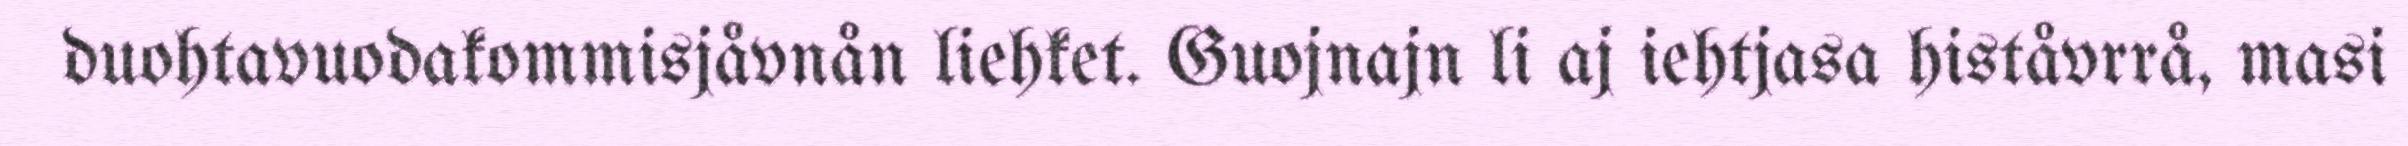
duohtavuodakommisjåvnån liehket. Guojnajn li aj iehtjasa histåvrrå, masi